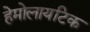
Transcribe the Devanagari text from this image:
हेमोलायटिक